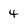
Character: 4